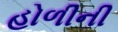
હોળીની